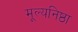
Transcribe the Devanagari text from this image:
मूल्यनिष्ठा